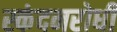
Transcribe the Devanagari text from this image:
स्कंदनरोधी